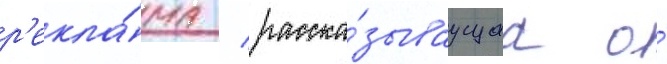
р'екла́ма / расска́зываущаа о́